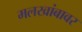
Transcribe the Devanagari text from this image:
मलखांबावर